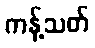
ကန့်သတ်